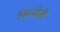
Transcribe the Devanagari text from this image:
फिरवीतों